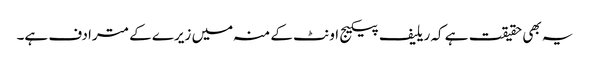
یہ بھی حقیقت ہے کہ ریلیف پیکیج اونٹ کے منہ میں زیرے کے مترادف ہے۔